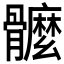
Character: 𩪮